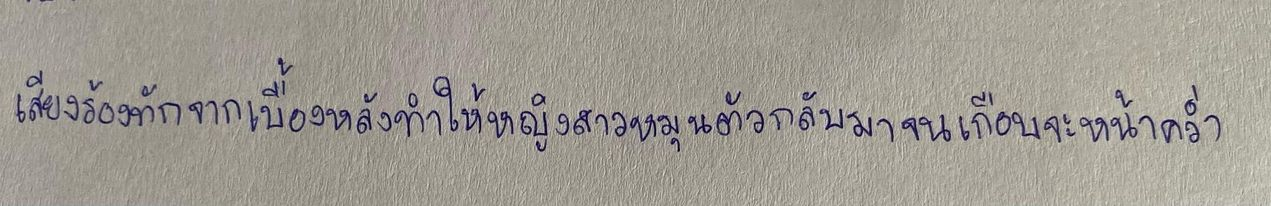
เสียงร้องทักจากเบื้องหลังทำให้หญิงสาวหมุนตัวกลับมาจนเกือบจะหน้าคว่ำ